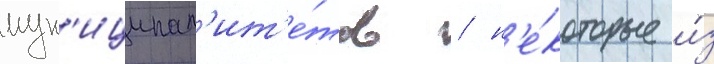
мун'иципал'ит'е́тов / н'е́которые и́з